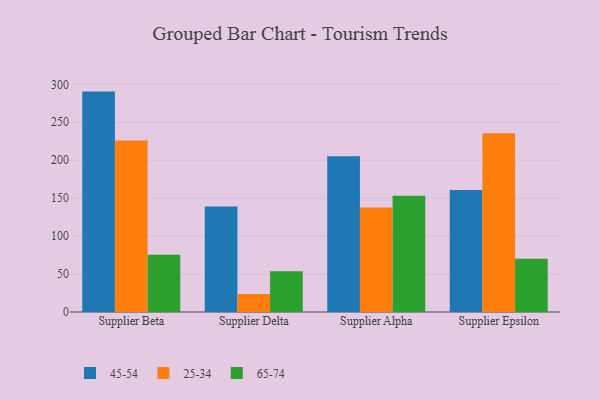
{"axis": {"x": "Supplier", "y": "Population (Million)"}, "legend": ["25-34", "45-54", "65-74"], "data": [{"x": "Supplier Beta", "y": 290.4, "type": "45-54"}, {"x": "Supplier Beta", "y": 225.9, "type": "25-34"}, {"x": "Supplier Beta", "y": 75.3, "type": "65-74"}, {"x": "Supplier Delta", "y": 138.9, "type": "45-54"}, {"x": "Supplier Delta", "y": 23.7, "type": "25-34"}, {"x": "Supplier Delta", "y": 53.6, "type": "65-74"}, {"x": "Supplier Alpha", "y": 205.1, "type": "45-54"}, {"x": "Supplier Alpha", "y": 137.8, "type": "25-34"}, {"x": "Supplier Alpha", "y": 153.3, "type": "65-74"}, {"x": "Supplier Epsilon", "y": 160.8, "type": "45-54"}, {"x": "Supplier Epsilon", "y": 235.6, "type": "25-34"}, {"x": "Supplier Epsilon", "y": 70.3, "type": "65-74"}]}